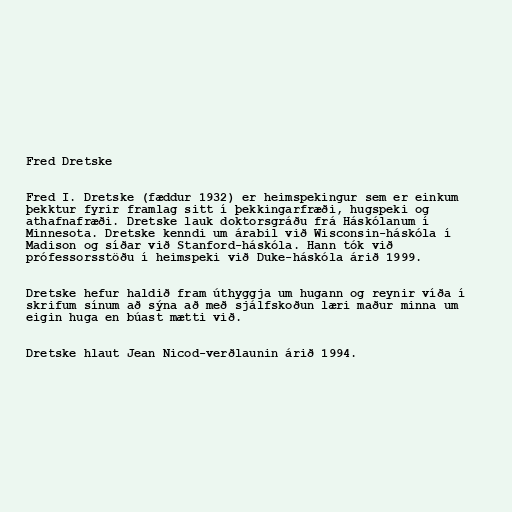
Fred Dretske

Fred I. Dretske (fæddur 1932) er heimspekingur sem er einkum
þekktur fyrir framlag sitt í þekkingarfræði, hugspeki og
athafnafræði. Dretske lauk doktorsgráðu frá Háskólanum í
Minnesota. Dretske kenndi um árabil við Wisconsin-háskóla í
Madison og síðar við Stanford-háskóla. Hann tók við
prófessorsstöðu í heimspeki við Duke-háskóla árið 1999.

Dretske hefur haldið fram úthyggja um hugann og reynir víða í
skrifum sínum að sýna að með sjálfskoðun læri maður minna um
eigin huga en búast mætti við.

Dretske hlaut Jean Nicod-verðlaunin árið 1994.